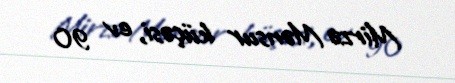
Mirzə Mənsur küçəsi, ev 90